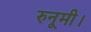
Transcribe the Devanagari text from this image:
रुनूमी।